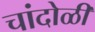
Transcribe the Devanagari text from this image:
चांदोळी